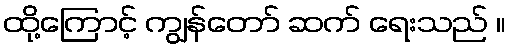
ထို့ကြောင့် ကျွန်တော် ဆက် ရေးသည် ။